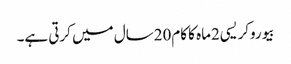
بیوروکریسی2ماہ کا کام20سال میں کرتی ہے۔